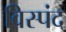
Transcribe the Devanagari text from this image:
विस्पंद